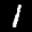
Label: 1